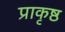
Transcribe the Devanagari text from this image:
प्राकृष्ठ